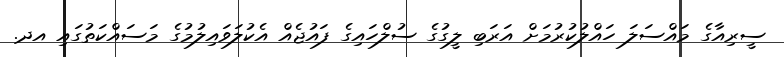
ސީރިއާގެ މައްސަލަ ހައްލުކުރުމަށް އަރަބި ލީގުގެ ސުލްހައިގެ ފައުޖެއް އެކުލަވައިލުމުގެ މަސައްކަތުގައި އދ.